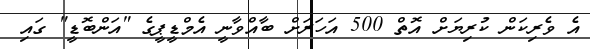
އެ ވެރިކަން ކުރިޔަށް އޮތް 500 އަހަރަށް ބާއްވާނީ އެމްޑީޕީގެ "އަންބޮޑީ" ގައި